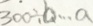
3 0 0 \div b \cdots a